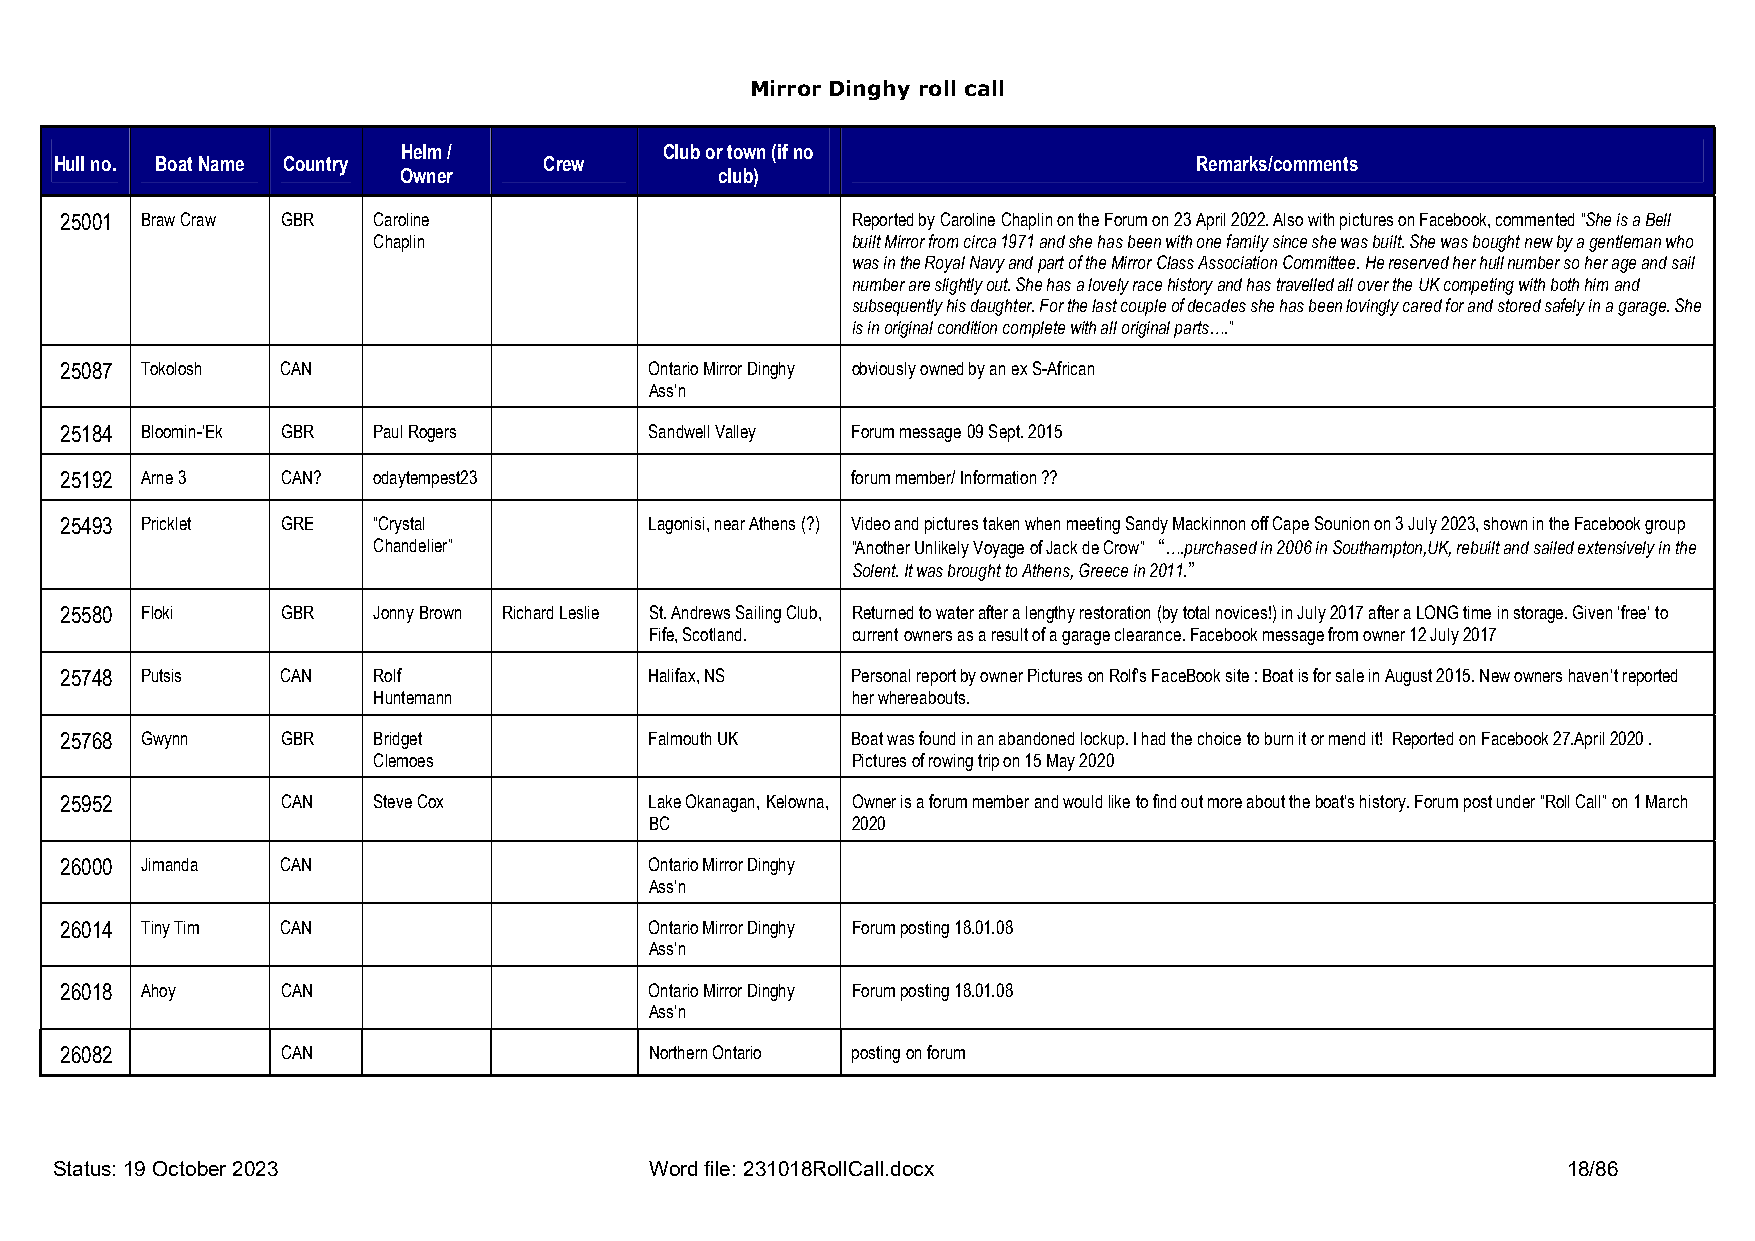
Mirror Dinghy roll call
 Helm /           Club or town (if no
 Hull no. Boat Name Country      Crew                                       Remarks/comments
 Owner                 club)
 25001 Braw Craw GBR  Caroline                       Reported by Caroline Chaplin on the Forum on 23 April 2022. Also with pictures on Facebook, commented “She is a Bell
 Chaplin                        built Mirror from circa 1971 and she has been with one family since she was built. She was bought new by a gentleman who
 was in the Royal Navy and part of the Mirror Class Association Committee. He reserved her hull number so her age and sail
 number are slightly out. She has a lovely race history and has travelled all over the UK competing with both him and
 subsequently his daughter. For the last couple of decades she has been lovingly cared for and stored safely in a garage. She
 is in original condition complete with all original parts….”
 25087 Tokolosh CAN                     Ontario Mirror Dinghy obviously owned by an ex S-African
 Ass’n
 25184 Bloomin-‘Ek GBR Paul Rogers      Sandwell Valley Forum message 09 Sept. 2015
 25192 Arne 3   CAN?  odaytempest23                  forum member/ Information ??
 25493 Pricklet GRE   “Crystal          Lagonisi, near Athens (?) Video and pictures taken when meeting Sandy Mackinnon off Cape Sounion on 3 July 2023, shown in the Facebook group
 Chandelier”                    “Another Unlikely Voyage of Jack de Crow” “….purchased in 2006 in Southampton,UK, rebuilt and sailed extensively in the
 Solent. It was brought to Athens, Greece in 2011.”
 25580 Floki    GBR   Jonny Brown Richard Leslie St. Andrews Sailing Club, Returned to water after a lengthy restoration (by total novices!) in July 2017 after a LONG time in storage. Given ‘free’ to
 Fife, Scotland. current owners as a result of a garage clearance. Facebook message from owner 12 July 2017
 25748 Putsis   CAN   Rolf              Halifax, NS  Personal report by owner Pictures on Rolf’s FaceBook site : Boat is for sale in August 2015. New owners haven’t reported
 Huntemann                      her whereabouts.
 25768 Gwynn    GBR   Bridget           Falmouth UK  Boat was found in an abandoned lockup. I had the choice to burn it or mend it! Reported on Facebook 27.April 2020 .
 Clemoes                        Pictures of rowing trip on 15 May 2020
 25952          CAN   Steve Cox         Lake Okanagan, Kelowna, Owner is a forum member and would like to find out more about the boat’s history. Forum post under “Roll Call” on 1 March
 BC           2020
 26000 Jimanda  CAN                     Ontario Mirror Dinghy
 Ass’n
 26014 Tiny Tim CAN                     Ontario Mirror Dinghy Forum posting 18.01.08
 Ass’n
 26018 Ahoy     CAN                     Ontario Mirror Dinghy Forum posting 18.01.08
 Ass’n
 26082          CAN                     Northern Ontario posting on forum
 Status: 19 October 2023                Word file: 231018RollCall.docx                               18/86